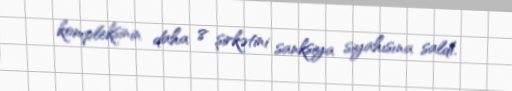
kompleksinin daha 8 şirkətini sanksiya siyahısına saldı.